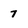
Character: 7